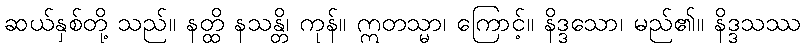
ဆယ်နှစ်တို့ သည်။ နတ္ထိ နသန္တိ၊ ကုန်။ ဣတသ္မာ၊ ကြောင့်။ နိဒ္ဒသော၊ မည်၏။ နိဒ္ဒသဿ